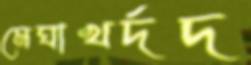
মেঘাখর্দদ